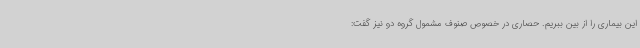
این بیماری را از بین ببریم. حصاری در خصوص صنوف مشمول گروه دو نیز گفت: